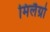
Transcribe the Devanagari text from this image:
मिलैग्रो